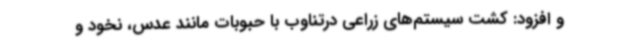
و افزود: کشت سیستم‌های زراعی درتناوب با حبوبات مانند عدس، نخود و